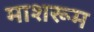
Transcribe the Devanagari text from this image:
माशरूम